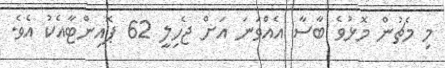
މި މެޗުން މޮޅުވެ ބާސާ އެއްވަނަ އަށް ޖެހިލީ 62 ޕޮއިންޓާއެކު އެވެ.